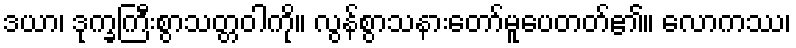
ဒယာ၊ ဒုက္ခကြီးစွာသတ္တဝါကို။ လွန်စွာသနားတော်မူပေတတ်၏။ လောကဿ၊